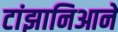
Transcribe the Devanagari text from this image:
टांझानिआने